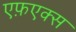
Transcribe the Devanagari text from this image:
एफ़एक्स